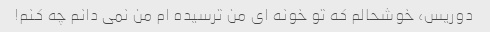
دوریس، خوشحالم که تو خونه ای من ترسیده ام من نمی دانم چه کنم!